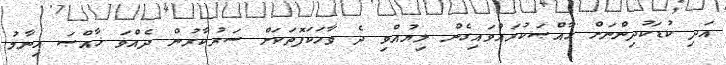
އަދި ކުޑަކުދިންނަށް ޚާއްޞަކުރައްވައިގެން ލިޔުއްވި ދެ ވާހަކަފޮތަކަށް ސަރުކާރުން ދެއްވަ ޚާއްޞަ އިނާމު